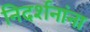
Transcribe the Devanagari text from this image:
निदर्शनांना